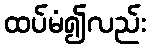
ထပ်မံ၍လည်း